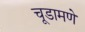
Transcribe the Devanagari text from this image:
चूडामणे